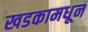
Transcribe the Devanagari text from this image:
खडकामधून